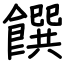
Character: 饌